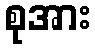
စုအား